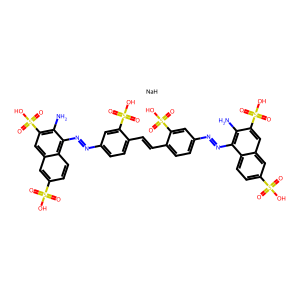
SMILES: Nc1c(S(=O)(=O)O)cc2cc(S(=O)(=O)O)ccc2c1N=Nc1ccc(C=Cc2ccc(N=Nc3c(N)c(S(=O)(=O)O)cc4cc(S(=O)(=O)O)ccc34)cc2S(=O)(=O)O)c(S(=O)(=O)O)c1.[NaH]
Inhibits HIV replication: Yes